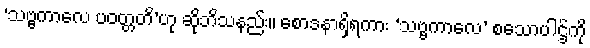
‘သဗ္ဗကာလေ ပဝတ္တတိ’ဟု ဆိုဘိသနည်း။ စောဒနာရှိရကား ‘သဗ္ဗကာလေ’ စသောပါဌ်ကို